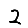
Digit: 2